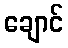
ချောင်